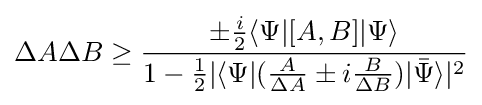
\Delta A\Delta B\geq {\frac {\pm {\frac {i}{2}}\langle \Psi |[A,B]|\Psi \rangle }{1-{\frac {1}{2}}|\langle \Psi |({\frac {A}{\Delta A}}\pm i{\frac {B}{\Delta B}})|{\bar {\Psi }}\rangle |^{2}}}